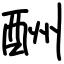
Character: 酬